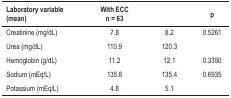
<table><thead><tr><td><b>Laboratory variable (mean)</b></td><td><b>With ECC n = 63</b></td><td>[EMPTY_CELL]</td><td><b>p</b></td></tr></thead><tbody><tr><td>Creatinine (mg/dL)</td><td>7.8</td><td>8.2</td><td>0.5261</td></tr><tr><td>Urea (mg/dL)</td><td>110.9</td><td>120.3</td><td>[EMPTY_CELL]</td></tr><tr><td>Hemoglobin (g/dL)</td><td>11.2</td><td>12.1</td><td>0.3350</td></tr><tr><td>Sodium (mEq/L)</td><td>135.8</td><td>135.4</td><td>0.6935</td></tr><tr><td>Potassium (mEq/L)</td><td>4.8</td><td>5.1</td><td>[EMPTY_CELL]</td></tr></tbody></table>